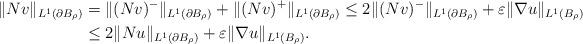
LaTeX: \begin{align*}\|N v\|_{L^1(\partial B_{\rho})} &= \|(N v)^{-}\|_{L^1(\partial B_{\rho})} + \|(N v)^{+}\|_{L^1(\partial B_{\rho})} \leq 2 \|(N v)^{-}\|_{L^1(\partial B_{\rho})} + \varepsilon \|\nabla u \|_{L^{1}(B_{\rho})}\\&\leq 2 \| N u \|_{L^1(\partial B_{\rho})} + \varepsilon \|\nabla u \|_{L^{1}(B_{\rho})}.\end{align*}